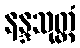
နန္ဒသုတ္တံ